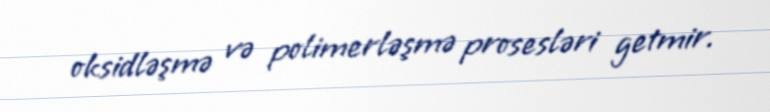
oksidləşmə və polimerləşmə prosesləri getmir.